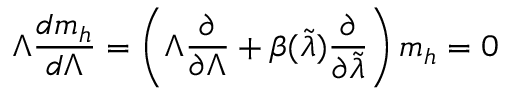
\Lambda \frac { d m _ { h } } { d \Lambda } = \left( \Lambda \frac { \partial } { \partial \Lambda } + \beta ( \tilde { \lambda } ) \frac { \partial } { \partial \tilde { \lambda } } \right) m _ { h } = 0